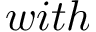
w i t h